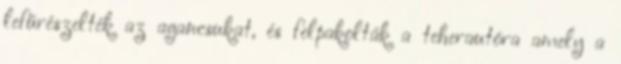
lefűrészelték az agancsukat, és felpakolták a teherautóra amely a